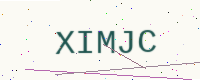
Text: XIMJC